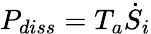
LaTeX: P_{diss}=T_{a}{\dot{S}}_{i}